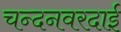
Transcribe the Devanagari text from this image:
चन्दनवरदाई